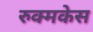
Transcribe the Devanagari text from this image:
रुक्मकेस